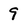
Character: 9